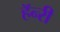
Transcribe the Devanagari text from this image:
हॅन्‍री